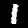
Label: 1